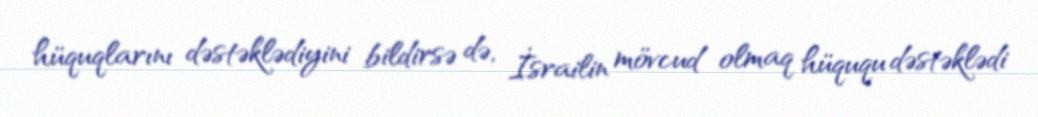
hüquqlarını dəstəklədiyini bildirsə də, İsrailin mövcud olmaq hüququ dəstəklədi